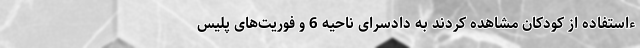
ءاستفاده از کودکان مشاهده کردند به دادسرای ناحیه 6 و فوریت‌های پلیس